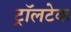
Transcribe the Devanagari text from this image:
ट्रॉलटेक